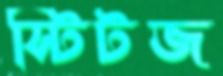
স্টিটজ